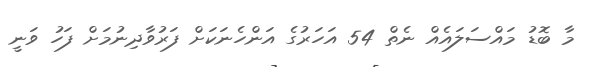
މާ ބޮޑު މައްސަލައެއް ނެތް 54 އަހަރުގެ އަންހެނަކަށް ފަރުވާދިނުމަށް ފަހު ވަނީ